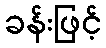
ခန်းဖြင့်